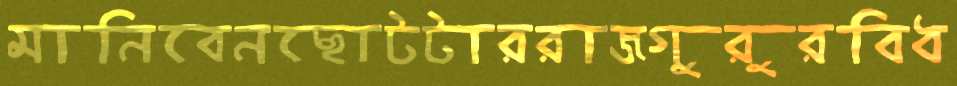
মানিবেনছোটটাররাজগুরুরবিধ